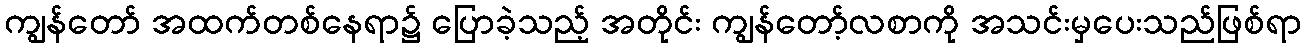
ကျွန်တော် အထက်တစ်နေရာ၌ ပြောခဲ့သည့် အတိုင်း ကျွန်တော့်လစာကို အသင်းမှပေးသည်ဖြစ်ရာ